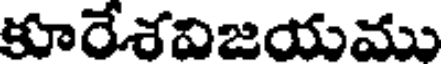
కూరేశవిజయము